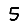
Digit: 5